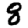
Digit: 8